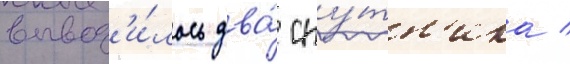
вывод'и́лось два́ спу́тн'ика /